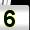
Digit: 5